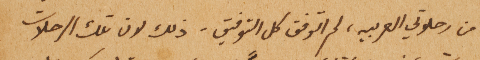
من رحلاتي العربيه، لم اتوفق كل التوفيق – ذلك لان تلك الرحلات